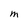
Character: M